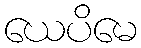
ယေပိမေ